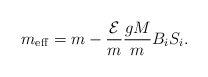
\begin{align*}m_{{\rm eff}}=m-\frac{{\cal E}}{m}\frac{gM}{m} B_iS_i.\end{align*}